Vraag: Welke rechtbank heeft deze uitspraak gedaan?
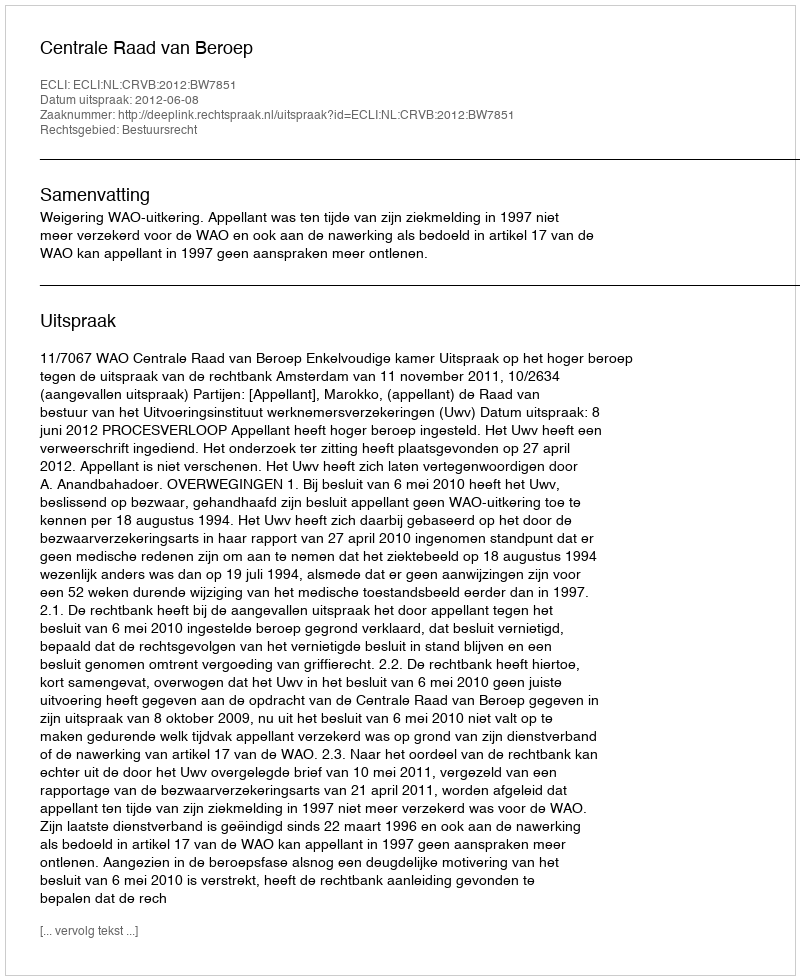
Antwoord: Centrale Raad van Beroep